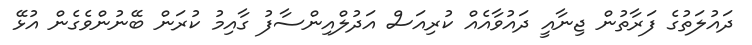
ދައުލަތުގެ ފަރާތުން ޖިނާއީ ދައުވާއެއް ކުރިއަސް އަދުލްއިންސާފު ގާއިމު ކުރަން ބޭނުންވެގެން އުޅޭ